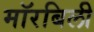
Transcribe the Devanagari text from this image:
मॉरबिली